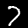
Digit: 7